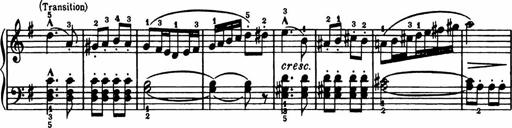
Title: Analytical Sonatinas
Composer: Frank Lynes